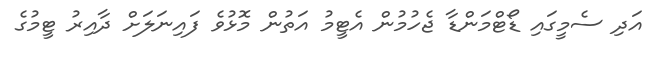
އަދި ސެމީގައި ޑޯޓްމަންޑާ ޖެހުމުން އެޓީމު އަތުން މޮޅުވެ ފައިނަލަށް ދާއިރު ޓީމުގެ